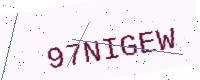
Text: 97NIGEW